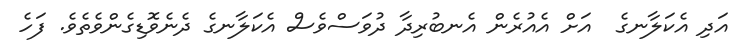
އަދި އެކަލާނގެ  އަށް އެއުރެން އެނބުރިދާ ދުވަސްވެސް އެކަލާނގެ ދެނެވޮޑިގެންވެތެވެ. ފަހެ